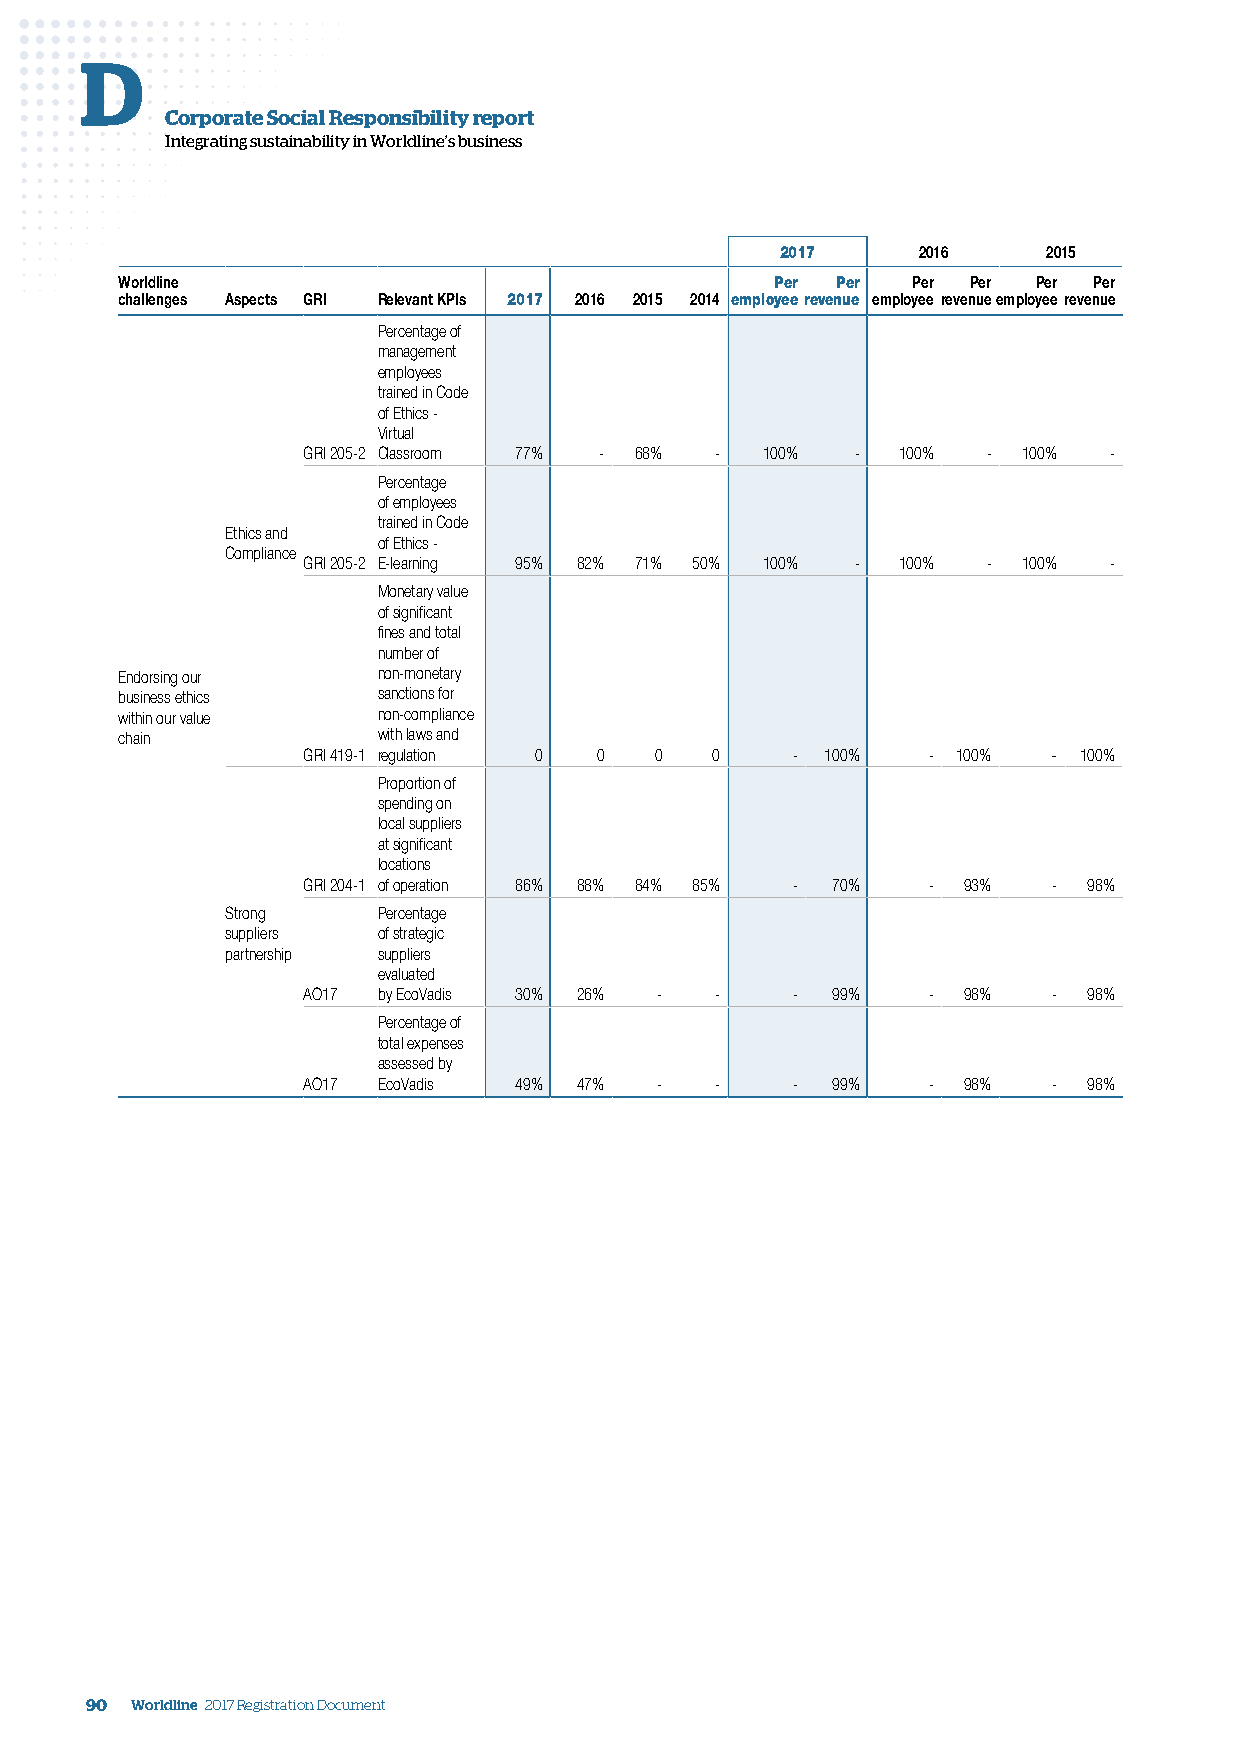
D
 Corporate Social Responsibility report
 Integrating sustainability in Worldline’s business
 2017     2016    2015
 Worldline                                  Per Per  Per Per  Per Per
 challenges Aspects GRI Relevant KPIs 2017 2016 2015 2014 employeerevenue employee revenueemployee revenue
 Percentage of
 management
 employees
 trained in Code
 of Ethics -
 Virtual
 GRI 205-2 Classroom 77% - 68% - 100% - 100%  -  100% -
 Percentage
 of employees
 trained in Code
 Ethics and
 of Ethics -
 Compliance
 GRI 205-2 E-learning 95% 82% 71% 50% 100% - 100% - 100% -
 Monetary value
 of significant
 fines and total
 number of
 Endorsing our    non-monetary
 business ethics  sanctions for
 within our value non-compliance
 chain            with laws and
 GRI 419-1 regulation 0 0 0 0    -  100%  - 100%   - 100%
 Proportion of
 spending on
 local suppliers
 at significant
 locations
 GRI 204-1 of operation 86% 88% 84% 85% - 70% - 93% - 98%
 Strong    Percentage
 suppliers of strategic
 partnership suppliers
 evaluated
 AO17 by EcoVadis 30% 26% - -    -  99%   -  98%   - 98%
 Percentage of
 total expenses
 assessed by
 AO17 EcoVadis 49% 47%  -   -    -  99%   -  98%   - 98%
 90 Worldline 2017 Registration Document